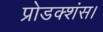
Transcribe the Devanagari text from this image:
प्रोडक्शंस।